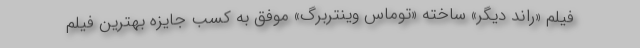
فیلم «راند دیگر» ساخته «توماس وینتربرگ» موفق به کسب جایزه بهترین فیلم